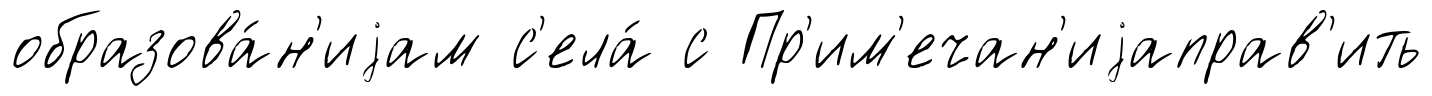
образова́н'иjам с'ела́ с Пр'им'ечан'иjаправ'ить